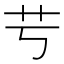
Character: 䒓